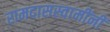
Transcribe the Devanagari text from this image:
रामदासस्वामींनीं